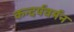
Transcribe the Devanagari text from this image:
कन्दर्पवर्मन